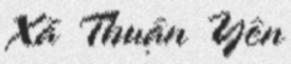
Xã Thuận Yên